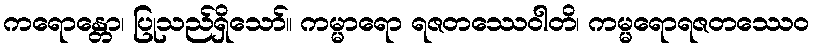
ကရောန္တော၊ ပြုသည်ရှိသော်။ ကမ္မာရော ရဇတဿေဝါတိ၊ ကမ္မရောရဇတဿေဝ